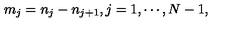
m _ { j } = n _ { j } - n _ { j + 1 } , j = 1 , \cdots , N - 1 ,